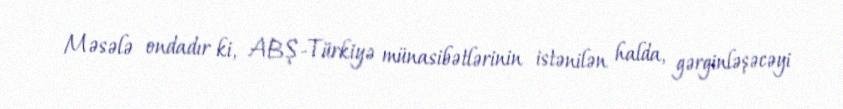
Məsələ ondadır ki, ABŞ-Türkiyə münasibətlərinin istənilən halda, gərginləşəcəyi